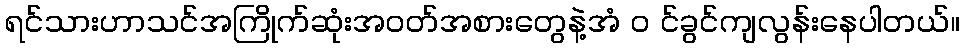
ရင်သားဟာသင်အကြိုက်ဆုံးအဝတ်အစားတွေနဲ့အံ ၀ င်ခွင်ကျလွန်းနေပါတယ်။